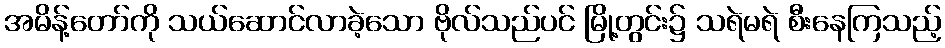
အမိန့်တော်ကို သယ်ဆောင်လာခဲ့သော ဗိုလ်သည်ပင် မြို့တွင်း၌ သရဲမရဲ စီးနေကြသည့်